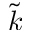
\tilde { k }